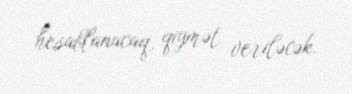
hesablanacaq, qiymət veriləcək.